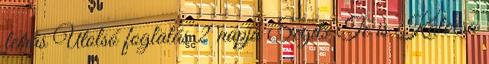
leírás Utolsó foglalás 2 napja Segíts Te is Kalocsa